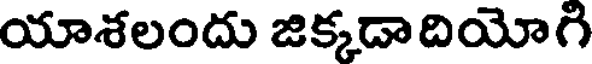
యాశలందు జిక్కడాదియోగి